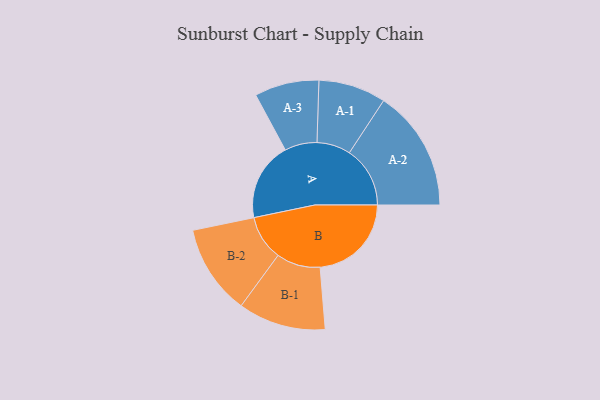
{"axis": {"x": "Segment", "y": "Value"}, "legend": ["", "A", "B"], "data": [{"x": "A", "y": 326, "type": ""}, {"x": "B", "y": 379, "type": ""}, {"x": "A-1", "y": 140, "type": "A"}, {"x": "A-2", "y": 252, "type": "A"}, {"x": "A-3", "y": 134, "type": "A"}, {"x": "B-1", "y": 182, "type": "B"}, {"x": "B-2", "y": 187, "type": "B"}]}